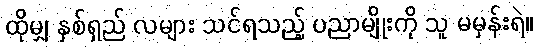
ထိုမျှ နှစ်ရှည် လများ သင်ရသည့် ပညာမျိုးကို သူ မမှန်းရဲ။